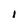
Character: 1